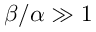
\beta / \alpha \gg 1